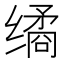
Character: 𰬻